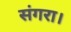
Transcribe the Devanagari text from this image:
संगरा।